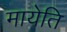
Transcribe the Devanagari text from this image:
मायेति